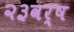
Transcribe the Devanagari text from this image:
२३वर्ष